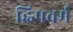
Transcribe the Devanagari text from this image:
ह्विपवर्म